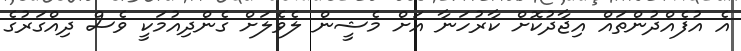
އެ އުފެއްދުންތައް އިޖާދުކޮށް ކާރުހަނާ އަށް މެޝީން ލެވެލަށް ގެންދިއުމަކީ ވެސް ދިއްގަރުގެ